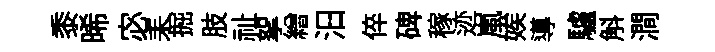
黍晞宓耒掘肢祉挐繒汨倅碑稼迹嵐娭導驢斛澗